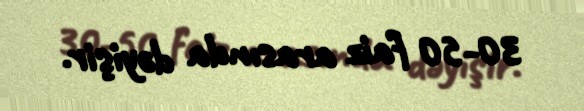
30-50 faiz arasında dəyişir.